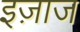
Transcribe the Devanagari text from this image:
इज़ाज